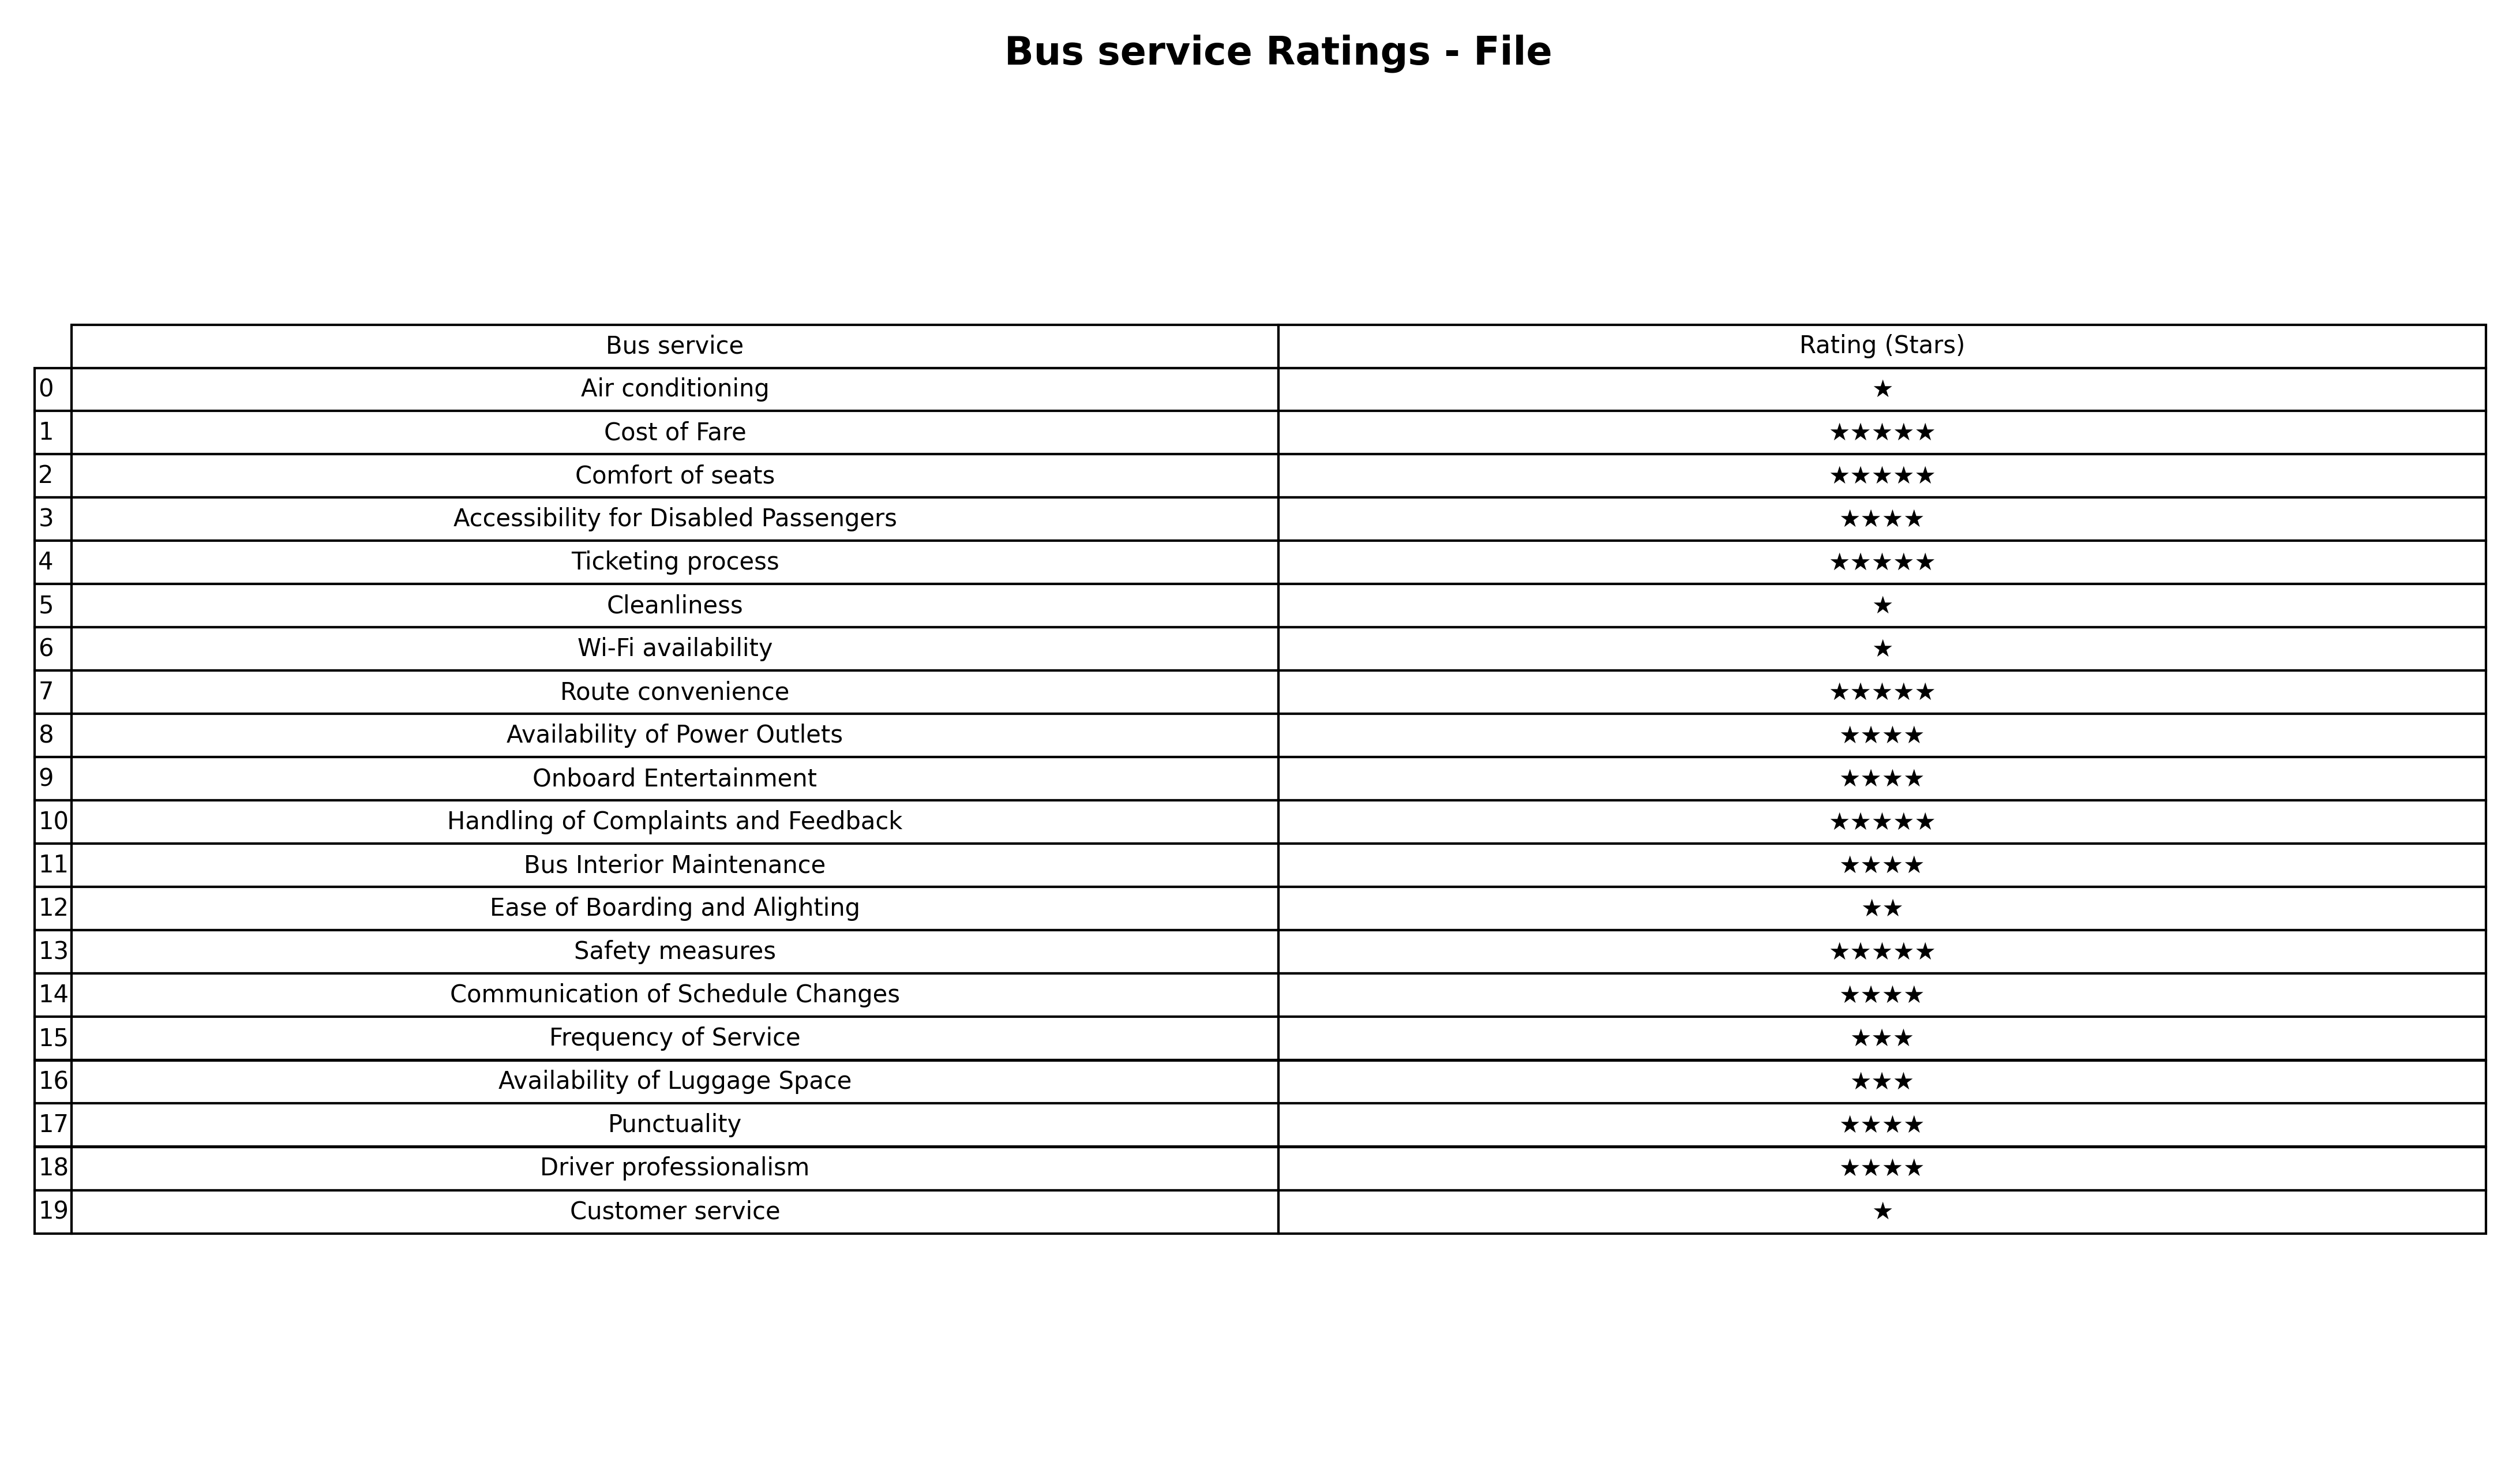
question: What are one star services?
answer: Air conditioningCleanlinessWi-Fi availabilityCustomer service